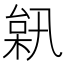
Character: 𣔗